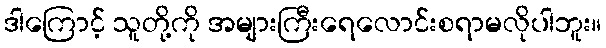
ဒါကြောင့် သူတို့ကို အများကြီးရေလောင်းစရာမလိုပါဘူး။